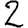
Digit: 2